Report of an investigation into the causes of malaria in Bombay and the measures necessary for its control
Disease focus: Malaria
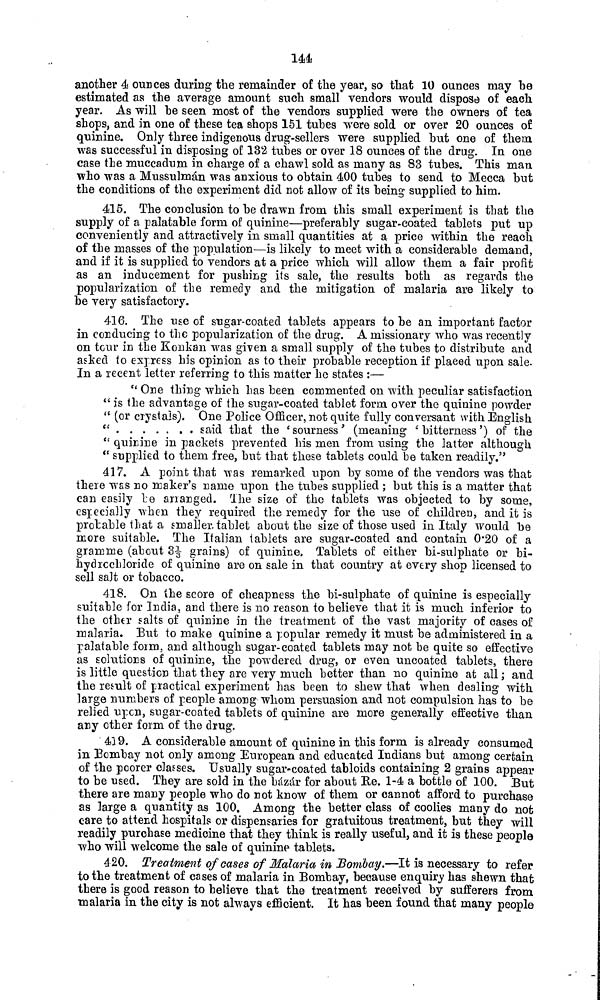
144
another 4 ounces during the remainder of the year, so that 10 ounces may be
estimated as the average amount such small vendors would dispose of each
year. As will he seen most of the vendors supplied were the owners of tea
shops, and in one of these tea shops 151 tubes were sold or over 20 ounces of
quinine. Only three indigenous drug-sellers were supplied but one of them
was successful in disposing of 132 tubes or over 18 ounces of the drug. In one
case the muccadum in charge of a chawl sold as many as 83 tubes. This man
who was a Mussulman was anxious to obtain 400 tubes to send to Mecca but
the conditions of the experiment did not allow of its being supplied to him.
415. The conclusion to be drawn from this small experiment is that the
supply of a palatable form of quinine—preferably sugar-coated tablets put up
conveniently and attractively in small quantities at a price within the reach
of the masses of the population—is likely to meet with a considerable demand,
and if it is supplied to vendors at a price which will allow them a fair profit
as an inducement for pushing its sale, the results both as regards the
popularization of the remedy and the mitigation of malaria are likely to
be very satisfactory.
416. The use of sugar-coated tablets appears to be an important factor
in conducing to the popularization of the drug. A missionary who was recently
on tour in the Konkan was given a small supply of the tubes to distribute and
asked to express his opinion as to their probable reception if placed upon sale.
In a recent letter referring to this matter he states :—
" One thing which has been commented on with peculiar satisfaction
" is the advantage of the sugar-coated tablet form over the quinine powder
" (or crystals). One Police Officer, not quite fully conversant with English
"
said that the ' sourness' (meaning ' bitterness') of the
" quinine in packets prevented his men from using the latter although
" supplied to them free, but that these tablets could be taken readily."
417. A point that was remarked upon by some of the vendors was that
there was no maker's name upon the tubes supplied ; but this is a matter that
can easily be arranged. The size of the tablets was objected to by some,
especially when they required the remedy for the use of children, and it is
probable that a smaller, tablet about the size of those used in Italy would be
more suitable. The Italian tablets are sugar-coated and contain 0.20 of a
gramme (about 3 grains) of quinine. Tablets of either bi-sulphate or bi-
hydrochloride of quinine are on sale in that country at every shop licensed to
sell salt or tobacco.
418. On the score of cheapness the bi-sulphate of quinine is especially
suitable for India, and there is no reason to believe that it is much inferior to
the other salts of quinine in the treatment of the vast majority of cases of
malaria. But to make quinine a popular remedy it must be administered in a
palatable form, and although sugar-coated tablets may not be quite so effective
as solutions of quinine, the powdered drug, or even uncoated tablets, there
is little question that they are very much better than no quinine at all; and
the result of practical experiment has been to shew that when dealing with
large numbers of people among whom persuasion and not compulsion has to be
relied upon, sugar-coated tablets of quinine are more generally effective than
any other form of the drug.
43 9. A considerable amount of quinine in this form is already consumed
in Bombay not only among European and educated Indians but among certain
of the poorer classes. Usually sugar-coated tabloids containing 2 grains appear
to be used. They are sold in the bázár for about Re. 1-4 a bottle of 100. But
there are many people who do not know of them or cannot afford to purchase
as large a quantity as 100. Among the better class of coolies many do not
care to attend hospitals or dispensaries for gratuitous treatment, but they will
readily purchase medicine that they think is really useful, and it is these people
who will welcome the sale of quinine tablets.
420. Treatment of cases of Malaria in Bombay.—It is necessary to refer
to the treatment of cases of malaria in Bombay, because enquiry has shewn that
there is good reason to believe that the treatment received by sufferers from
malaria in the city is not always efficient. It has been found that many people